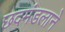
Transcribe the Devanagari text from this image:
छदमंडलाने